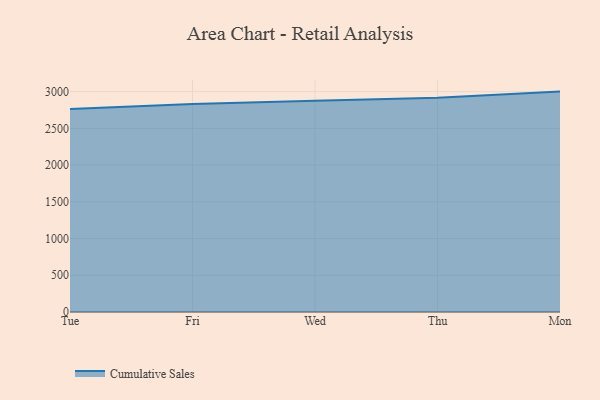
{"axis": {"x": "Day", "y": "Headcount"}, "legend": ["Cumulative Sales"], "data": [{"x": "Tue", "y": 2762.9, "type": "Cumulative Sales"}, {"x": "Fri", "y": 2831.3, "type": "Cumulative Sales"}, {"x": "Wed", "y": 2877.8, "type": "Cumulative Sales"}, {"x": "Thu", "y": 2918.4, "type": "Cumulative Sales"}, {"x": "Mon", "y": 3001.0, "type": "Cumulative Sales"}]}